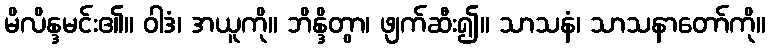
မိလိန္ဒမင်း၏။ ဝါဒံ၊ အယူကို။ ဘိန္ဒိတွာ၊ ဖျက်ဆီး၍။ သာသနံ၊ သာသနာတော်ကို။